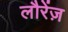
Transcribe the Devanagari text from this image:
लौरेंज़